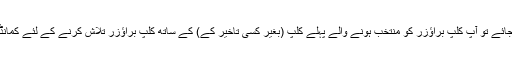
اگر اس کی جانچ پڑتال کی جائے تو آپ کلپ براؤزر کو منتخب ہونے والے پہلے کلپ (بغیر کسی تاخیر کے) کے ساتھ کلپ براؤزر تلاش کرنے کے لئے کمانڈ ڈبل وی کو مار سکتے ہیں۔